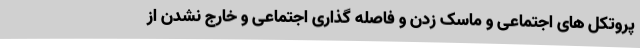
پروتکل های اجتماعی و ماسک زدن و فاصله گذاری اجتماعی و خارج نشدن از